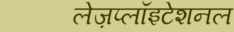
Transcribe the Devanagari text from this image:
लेज़प्लॉइटेशनल